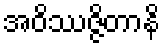
အဝိဿဇ္ဇိတာနိ